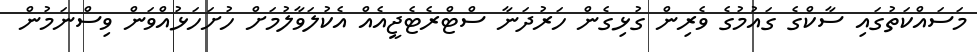
މަސައްކަތުގައި ސާކްގެ ގައުމުގެ ވެރިން ގުޅިގެން ހަރުދަނާ ސްޓްރެޓެޖީއެއް އެކުލަވާލުމަށް ހުށަހަޅުއްވަން ވިސްނަމުން